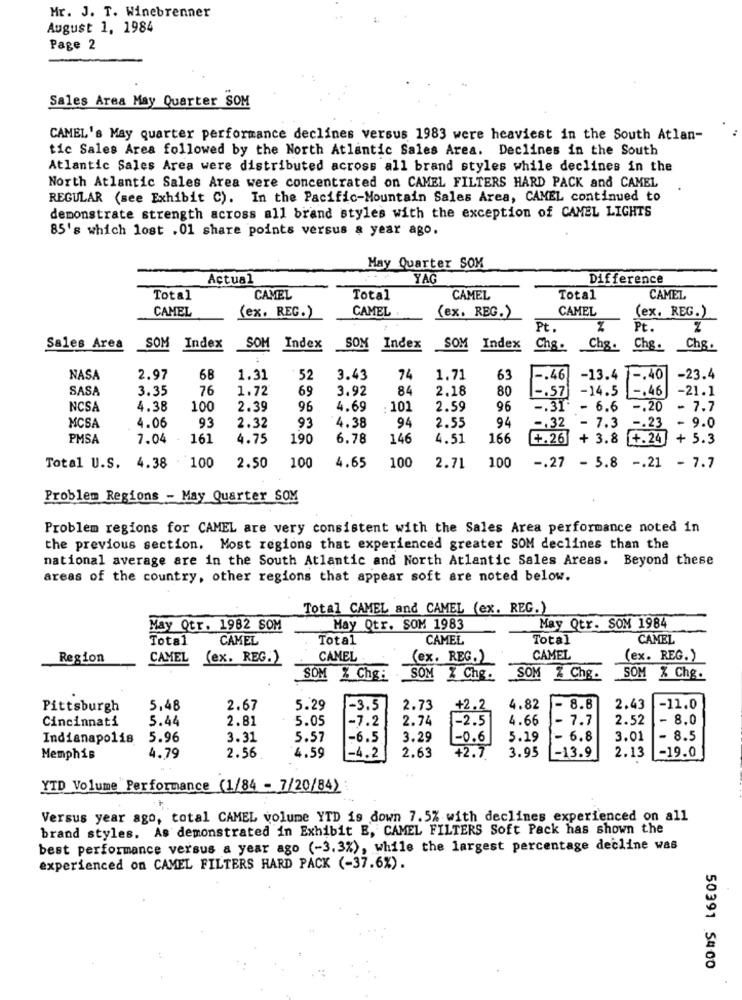
Mr. J. T. Winebrenner
August 1, 1984
Page 2
Sales Area May Quarter SOM
CAMEL's May quarter performance declines versus 1983 were heaviest in the South Atlan-
tic Sales Area followed by the North Atlantic Sales Area. Declines in the South
Atlantic Sales Area were distributed across all brand styles while declines in the
North Atlantic Sales Area were concentrated on CAMEL FILTERS HARD PACK and CAMEL
REGULAR (see Exhibit C). In the Pacific-Mountain Sales Area, CAMEL continued to
demonstrate strength across all brand styles with the exception of CAMEL LIGHTS
85's which lost . 01 share points versus a year ago.
May Quarter SOM
Actual
YAĞ
Difference
Total
CAMEL
Total
CAMEL
Total
CAMEL
CAMEL
(ex. REG.)
CAMEL .
CAMEL
(ex. REG.)
(ex. REG.)
Pt.
Pt.
Sales Area
SOM
Index
SOM Index
SOM Index
SOM Index
Chs.
Chg.
Chg.
Chg.
NASA
2.97
68
1.31
. 52
3.43
74
1.71
63
-. 46
-13.4
-. 40
-23.4
SASA
3.35
76
1.72
69
3.92
84
2.18
80
-. 57 -14.5
-. 46
-21.1
NCSA
4.38
100
2.39
96
4.69
: 101
2.59
96
-. 31.
- 6.6
-. 20
- 7.7
MCSA
93
4.38
94
2.55
94
-. 32
-. 23
4.06
2.32
93
- 7.3
- 9.0
PMSA
7.04
161
4.75
190
6.78
146
4.51
166
+.26
+ 3.8 +.24
+ 5.3
100
100
4.65
100
100
Total U.S. 4.38
2.50
2.71
-. 27 - 5.8 -. 21 - 7.7
Problem Regions - May Quarter SOM
Problem regions for CAMEL are very consistent with the Sales Area performance noted in
the previous section. Most regions that experienced greater SOM declines than the
national average are in the South Atlantic and North Atlantic Sales Areas. Beyond these
areas of the country, other regions that appear soft are noted below.
Total CAMEL and CAMEL (ex. REG.)
May Qtr. 1982 SOM
May Qtr. SOM 1983
May Qtr. SOM 1984
Total
CAMEL
Total
CAMEL
Total
CAMEL
Region
CAMEL
(ex. REG.)
CAMEL
(ex. REG.)
CAMEL
(ex. REG.)
SOM % Chg:
SOM Z Chg.
SOM & Chg.
SOM % Chg.
Pittsburgh
5,48
2.67
5.29
-3.5
2.73
+2.2
4.82
-
8.8
2.43
-11.0
5.44
2.81
5.05
-7.2
2.74
-2.5
4.66
- 7.7
2.52
-
8.0
Cincinnati
Indianapolis
5.96
3.31
5.57
-6.5
3.29
-0.6
5.19
- 6.8
3.01
- 8.5
4.59
-4.2
-13.9
2.13
-19.0
Memphis
4.79
2.56
2.63
+2.7
3.95
YTD Volume Performance (1/84 - 7/20/84)
Versus year ago, total CAMEL volume YTD is down 7.5% with declines experienced on all
brand styles. As demonstrated in Exhibit E, CAMEL FILTERS Soft Pack has shown the
best performance versus a year ago (-3.3%), while the largest percentage decline was
experienced on CAMEL FILTERS HARD PACK (-37.6%).
50391 5400